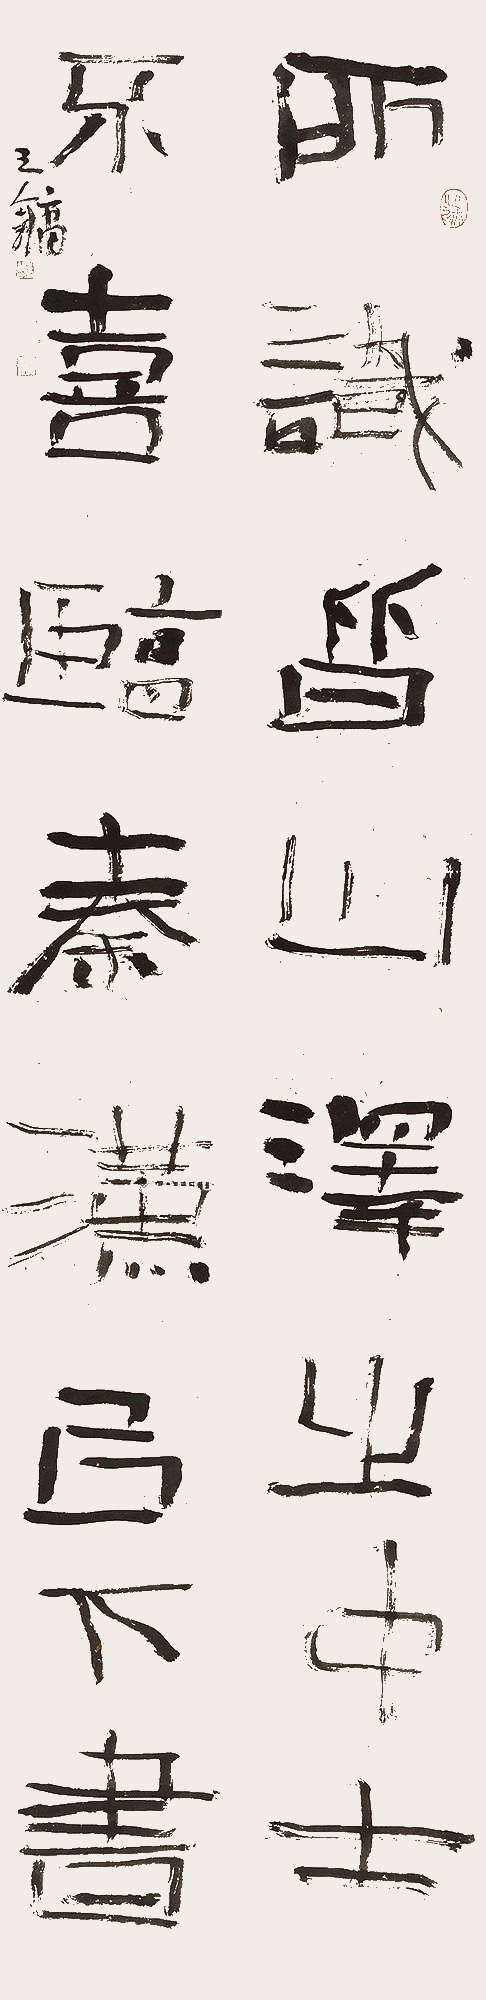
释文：所识皆山泽之中士，不喜临秦汉以下书。王镛。